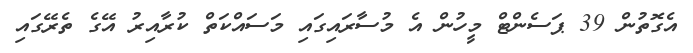
އެގޮތުން 39 ޕަސެންޓް މީހުން އެ މުސާރައިގައި މަސައްކަތް ކުރާއިރު އޭގެ ތެރޭގައި